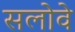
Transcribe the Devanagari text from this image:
सलोवे